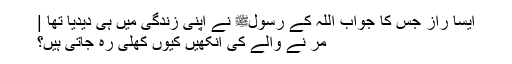
ایسا راز جس کا جواب اللہ کے رسولﷺ نے اپنی زندگی میں ہی دیدیا تھا |
مر نے والے کی آنکھیں کیوں کھلی رہ جاتی ہیں؟